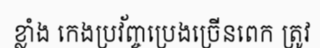
ខ្លាំង កេងប្រវ័ញ្ចប្រេងច្រើនពេក ត្រូវ